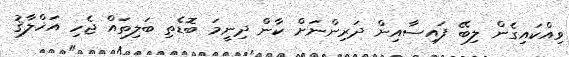
ވިއްކައިގެން ލިބޭ ފައިސާއިން ދަރިންނަށް ކާން ދިނީމަ ބޮޑެތި ބަލިތައް ޖެހި އަޚްލާޤު